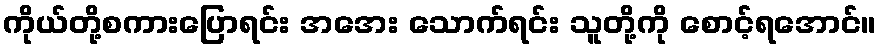
ကိုယ်တို့စကားပြောရင်း အအေး သောက်ရင်း သူတို့ကို စောင့်ရအောင်။